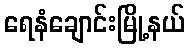
ရေနံချောင်းမြို့နယ်